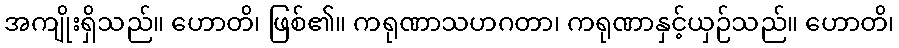
အကျိုးရှိသည်။ ဟောတိ၊ ဖြစ်၏။ ကရုဏာသဟဂတာ၊ ကရုဏာနှင့်ယှဉ်သည်။ ဟောတိ၊